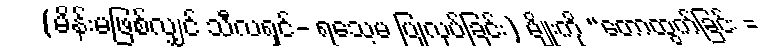
(မိန်းမဖြစ်လျှင် သီလရှင်- ရသေ့မ ပြုလုပ်ခြင်း) မျိုးကို “တောထွက်ခြင်း =